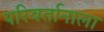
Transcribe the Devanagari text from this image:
परिवर्तानाला